画像に写った文字を読んでください
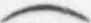
「(」と書いてあります